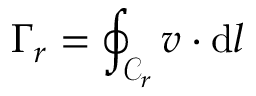
\Gamma _ { r } = \oint _ { \mathcal { C } _ { r } } \boldsymbol { v } \cdot \mathrm { d } \boldsymbol { l }